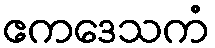
ဧကဒေသကံ